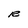
Character: R